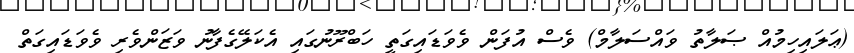
(ޢަލައިހިމުއް ޞަލާތު ވައްސަލާމް) ވެސް އުފަން ވެވަޑައިގަތީ ހަބްރޫނުގައި އެކަލޭގެފާނު ވަޒަންވެރި ވެވަޑައިގަތް